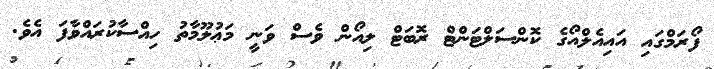
ފޯރަމްގައި އައިއެލްއޯގެ ކޮންސަލްޓަންޓް ރޮބަޓް ލިއޯން ވެސް ވަނީ މަޢުލޫމާތު ހިއްސާކުރައްވާފަ އެވެ.